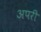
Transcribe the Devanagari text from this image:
अपरी